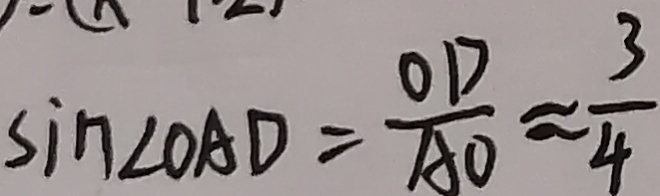
\sin \angle O A D = \frac { O D } { A O } \approx \frac { 3 } { 4 }